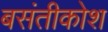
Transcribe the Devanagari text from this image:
बसंतीकोश